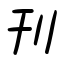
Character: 刊